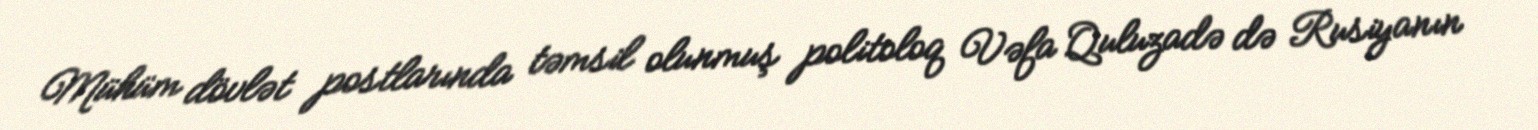
Mühüm dövlət postlarında təmsil olunmuş politoloq Vəfa Quluzadə də Rusiyanın